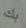
بك